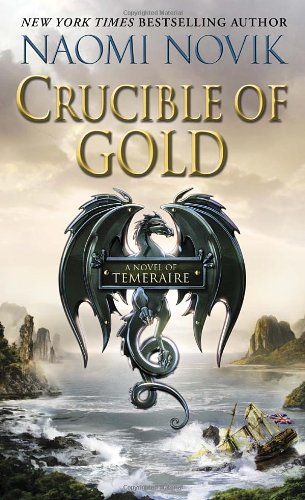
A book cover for Crucible of Gold (Temeraire); Naomi Novik; Science Fiction & Fantasy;